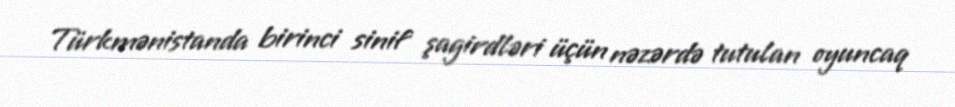
Türkmənistanda birinci sinif şagirdləri üçün nəzərdə tutulan oyuncaq